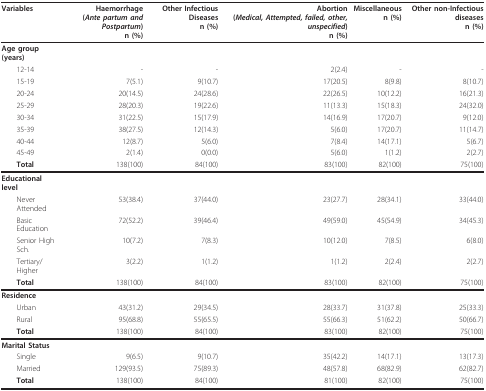
<table><thead><tr><td><b>Variables</b></td><td><b>Haemorrhage(<i>Ante partum and Postpartum</i>)n (%)</b></td><td><b>Other Infectious Diseasesn (%)</b></td><td><b>Abortion(<i>Medical, Attempted, failed, other, unspecified</i>)n (%)</b></td><td><b>Miscellaneousn (%)</b></td><td><b>Other non-Infectious diseasesn (%)</b></td></tr></thead><tbody><tr><td><b>Age group(years)</b></td><td></td><td></td><td></td><td></td><td></td></tr><tr><td> 12-14</td><td>-</td><td>-</td><td>2(2.4)</td><td>-</td><td>-</td></tr><tr><td> 15-19</td><td>7(5.1)</td><td>9(10.7)</td><td>17(20.5)</td><td>8(9.8)</td><td>8(10.7)</td></tr><tr><td> 20-24</td><td>20(14.5)</td><td>24(28.6)</td><td>22(26.5)</td><td>10(12.2)</td><td>16(21.3)</td></tr><tr><td> 25-29</td><td>28(20.3)</td><td>19(22.6)</td><td>11(13.3)</td><td>15(18.3)</td><td>24(32.0)</td></tr><tr><td> 30-34</td><td>31(22.5)</td><td>15(17.9)</td><td>14(16.9)</td><td>17(20.7)</td><td>9(12.0)</td></tr><tr><td> 35-39</td><td>38(27.5)</td><td>12(14.3)</td><td>5(6.0)</td><td>17(20.7)</td><td>11(14.7)</td></tr><tr><td> 40-44</td><td>12(8.7)</td><td>5(6.0)</td><td>7(8.4)</td><td>14(17.1)</td><td>5(6.7)</td></tr><tr><td> 45-49</td><td>2(1.4)</td><td>0(0.0)</td><td>5(6.0)</td><td>1(1.2)</td><td>2(2.7)</td></tr><tr><td> <b>Total</b></td><td>138(100)</td><td>84(100)</td><td>83(100)</td><td>82(100)</td><td>75(100)</td></tr><tr><td><b>Educational level</b></td><td></td><td></td><td></td><td></td><td></td></tr><tr><td> Never Attended</td><td>53(38.4)</td><td>37(44.0)</td><td>23(27.7)</td><td>28(34.1)</td><td>33(44.0)</td></tr><tr><td> Basic Education</td><td>72(52.2)</td><td>39(46.4)</td><td>49(59.0)</td><td>45(54.9)</td><td>34(45.3)</td></tr><tr><td> Senior High Sch.</td><td>10(7.2)</td><td>7(8.3)</td><td>10(12.0)</td><td>7(8.5)</td><td>6(8.0)</td></tr><tr><td> Tertiary/Higher</td><td>3(2.2)</td><td>1(1.2)</td><td>1(1.2)</td><td>2(2.4)</td><td>2(2.7)</td></tr><tr><td> <b>Total</b></td><td>138(100)</td><td>84(100)</td><td>83(100)</td><td>82(100)</td><td>75(100)</td></tr><tr><td><b>Residence</b></td><td></td><td></td><td></td><td></td><td></td></tr><tr><td> Urban</td><td>43(31.2)</td><td>29(34.5)</td><td>28(33.7)</td><td>31(37.8)</td><td>25(33.3)</td></tr><tr><td> Rural</td><td>95(68.8)</td><td>55(65.5)</td><td>55(66.3)</td><td>51(62.2)</td><td>50(66.7)</td></tr><tr><td> <b>Total</b></td><td>138(100)</td><td>84(100)</td><td>83(100)</td><td>82(100)</td><td>75(100)</td></tr><tr><td><b>Marital Status</b></td><td></td><td></td><td></td><td></td><td></td></tr><tr><td> Single</td><td>9(6.5)</td><td>9(10.7)</td><td>35(42.2)</td><td>14(17.1)</td><td>13(17.3)</td></tr><tr><td> Married</td><td>129(93.5)</td><td>75(89.3)</td><td>48(57.8)</td><td>68(82.9)</td><td>62(82.7)</td></tr><tr><td> <b>Total</b></td><td>138(100)</td><td>84(100)</td><td>81(100)</td><td>82(100)</td><td>75(100)</td></tr></tbody></table>